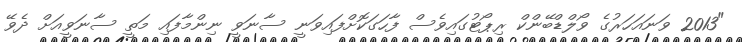
"2013 ވަނައަހަރުގެ ވޯލްޑްބޭންކް ރިޕޯޓުގައިވެސް ފާހަގަކޮށްފައިވަނީ ސާނަވީ ނިންމާފައި މަތީ ސާނަވީއަށް ދެވޭ